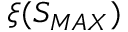
\xi ( S _ { M A X } )